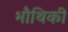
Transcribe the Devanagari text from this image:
भौथिकी